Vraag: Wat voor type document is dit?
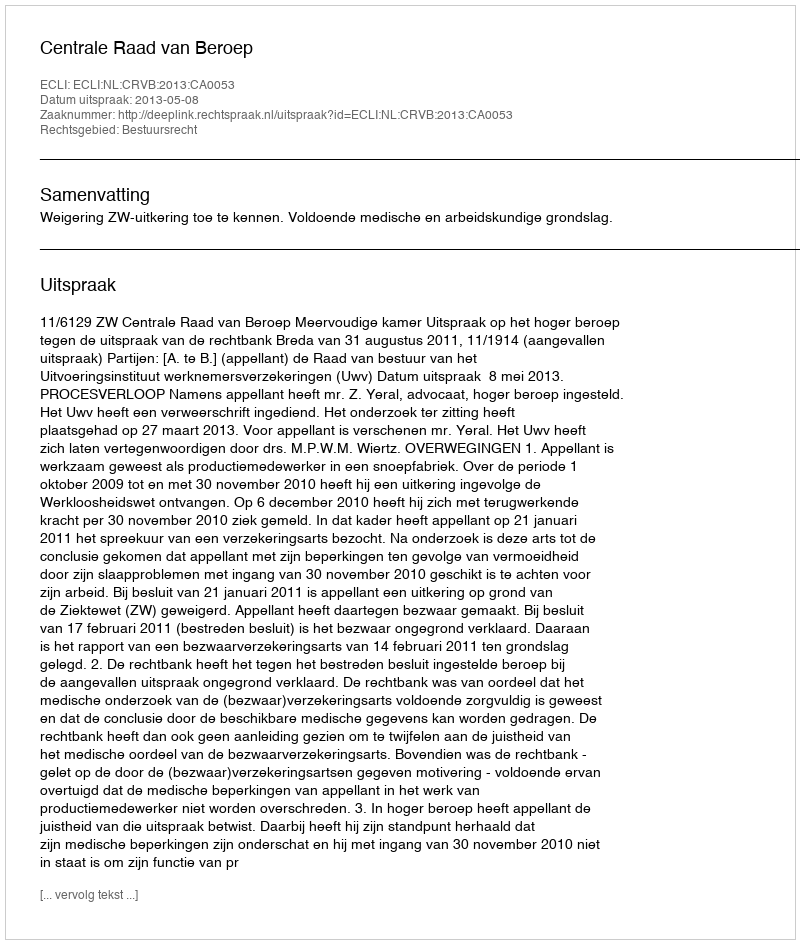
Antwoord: Uitspraak